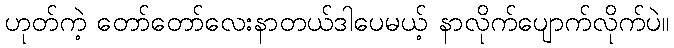
ဟုတ်ကဲ့ တော်တော်လေးနာတယ်ဒါပေမယ့် နာလိုက်ပျောက်လိုက်ပဲ။